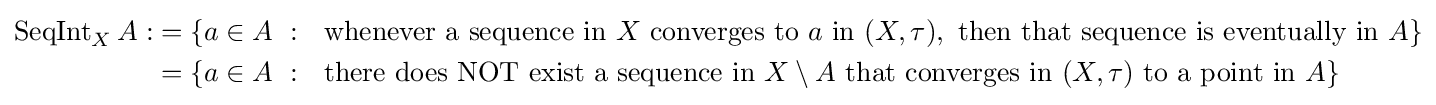
{\begin{alignedat}{4}\operatorname {SeqInt} _{X}A:&=\{a\in A~:~{\text{ whenever a sequence in }}X{\text{ converges to }}a{\text{ in }}(X,\tau ),{\text{ then that sequence is eventually in }}A\}\\&=\{a\in A~:~{\text{ there does NOT exist a sequence in }}X\setminus A{\text{ that converges in }}(X,\tau ){\text{ to a point in }}A\}\\\end{alignedat}}